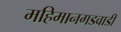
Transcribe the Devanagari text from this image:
महिमानगडवाडी